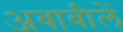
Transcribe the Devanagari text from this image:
अबाबीलें